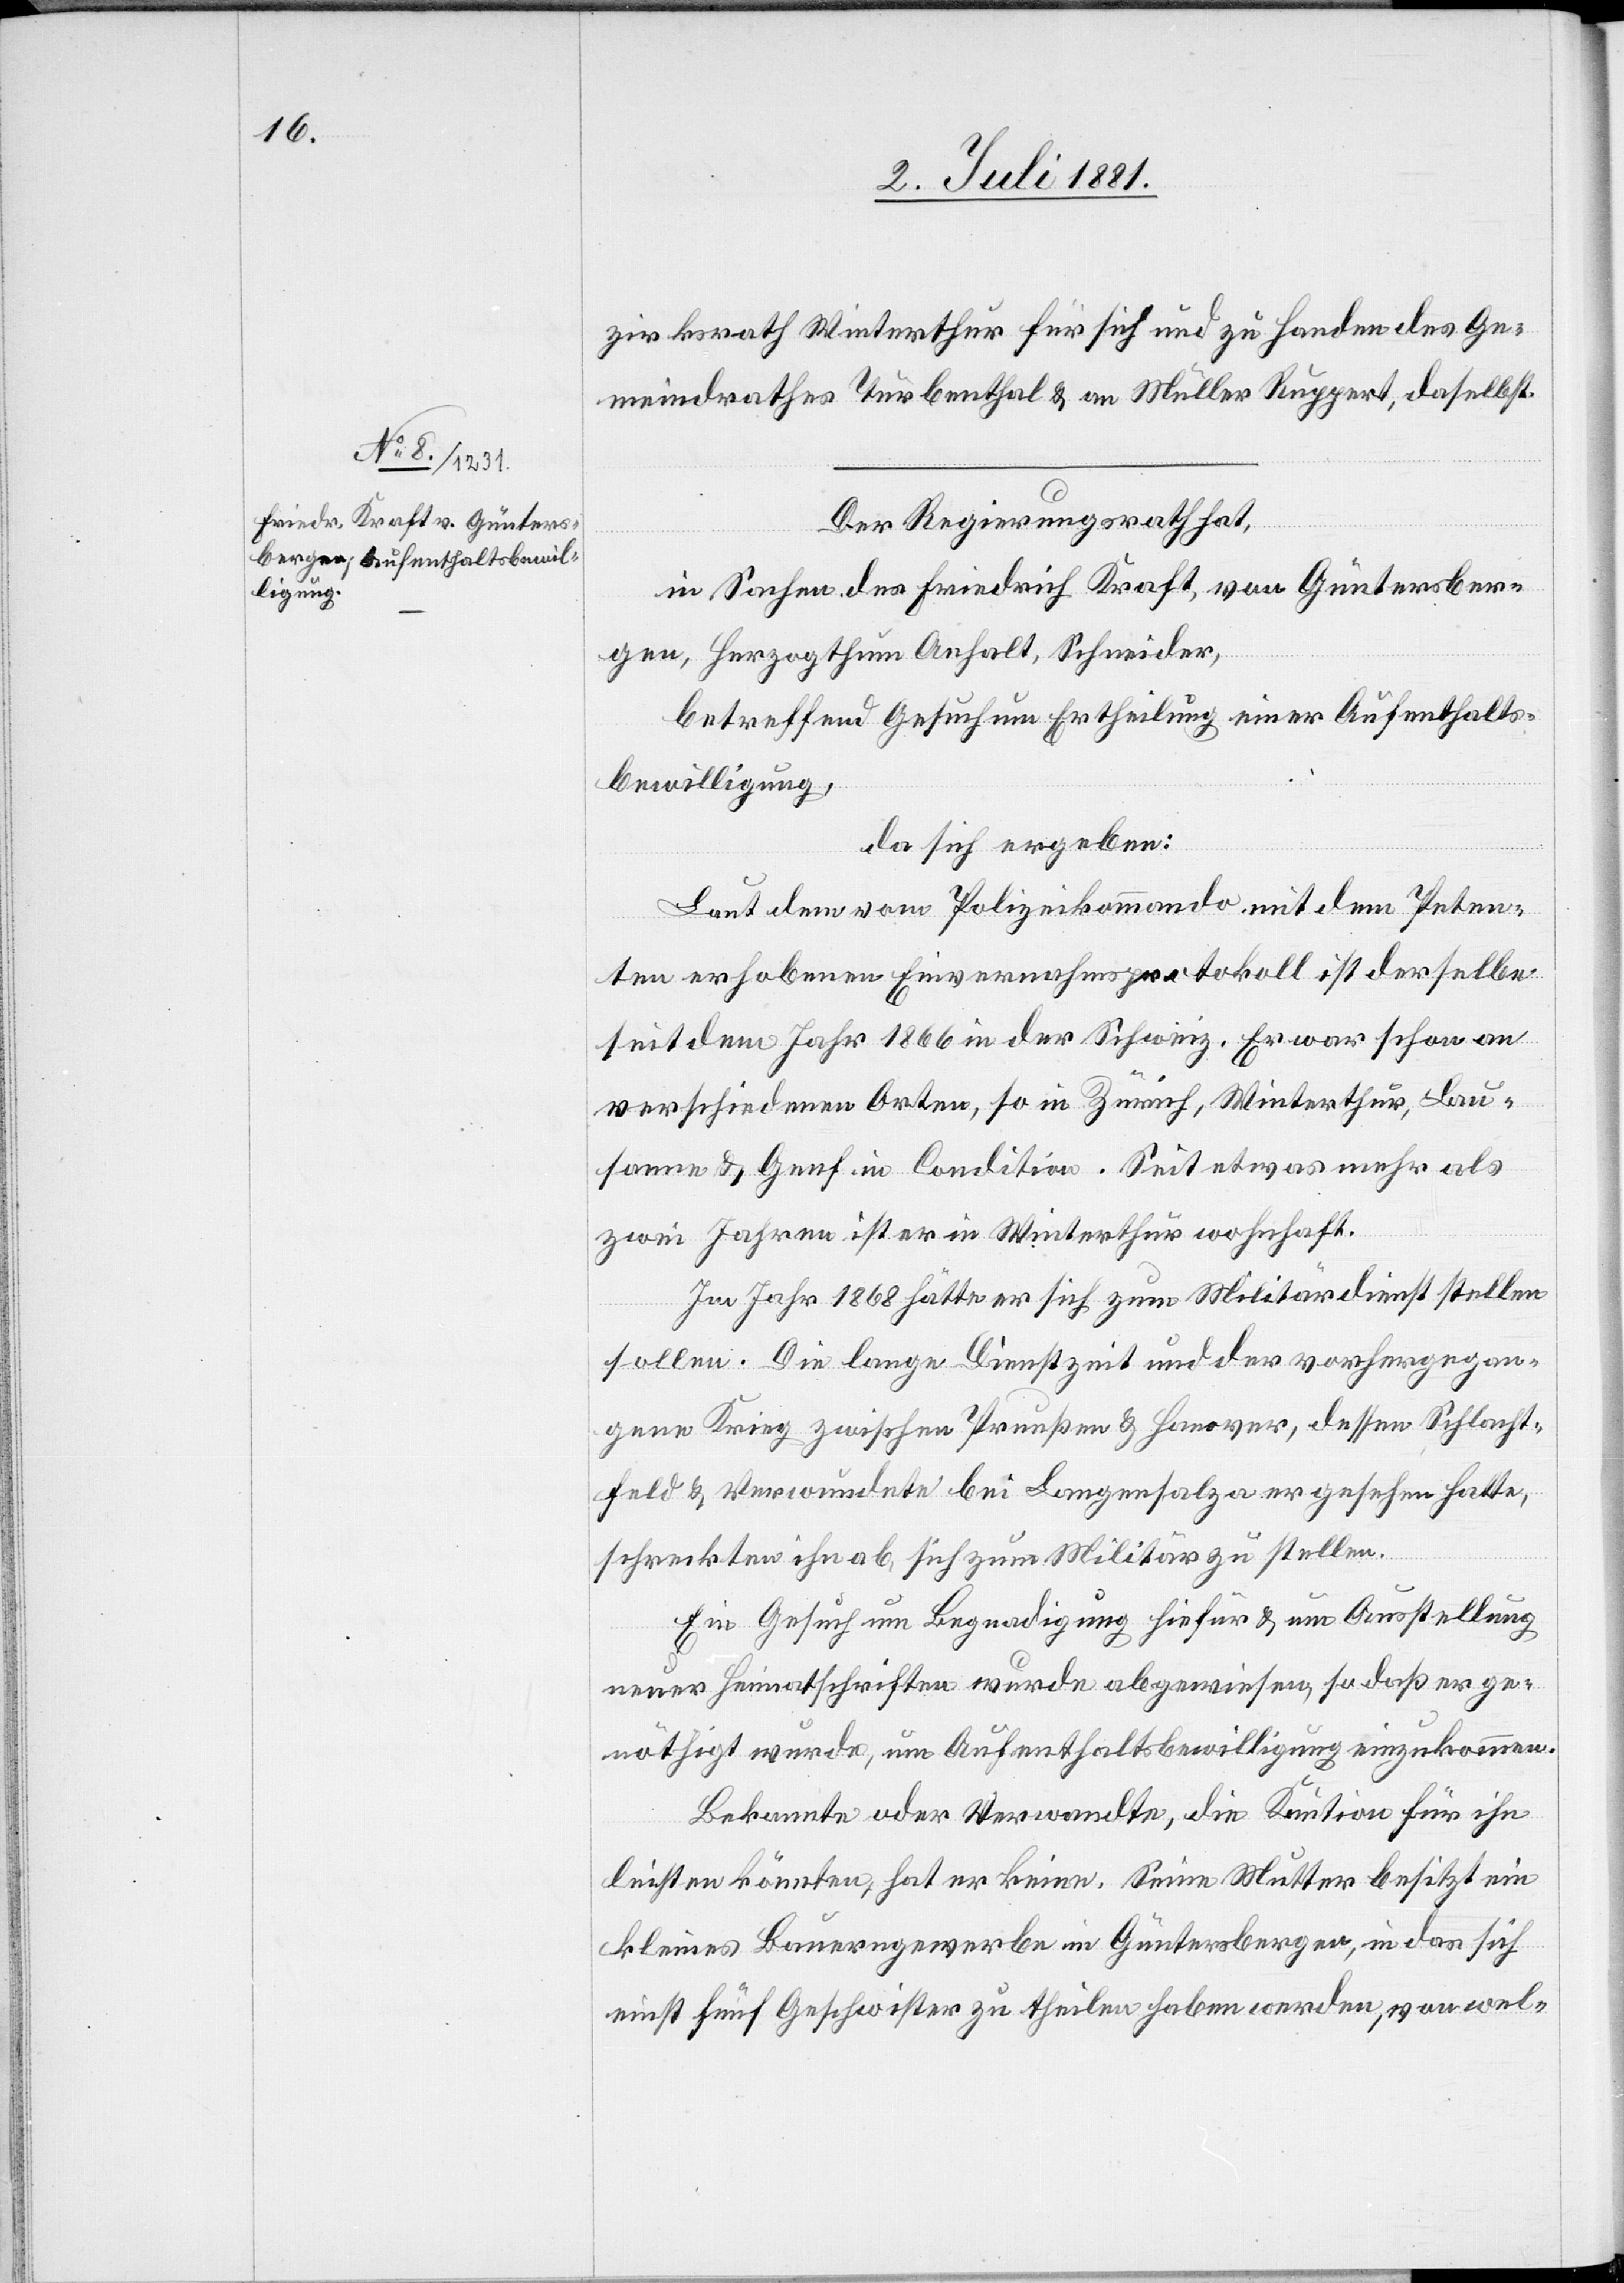
zirksrath Winterthur für sich und zu Handen des Ge¬
meindrathes Turbenthal & an Müller Ruppert, daselbst.
Der Regierungsrath hat,
in Sachen des Friedrich Kraft, von Güntersber¬
gen, Herzogthum Anhalt, Schneider,
betreffend Gesuch Ertheilung einer Aufenthalts¬
bewilligung,
da sich ergeben:
Laut dem vom Polizeikommando mit dem Peten¬
ten erhobenen Einvernahmsprotokoll ist derselbe
seit dem Jahr 1866 in der Schweiz. Er war schon an
verschiedenen Orten, so in Zürich, Winterthur, Lau¬
sanne & Genf in Condition. Seit etwas mehr als
zwei Jahren ist er in Winterthur wohnhaft.
Im Jahr 1868 hätte er sich zum Militärdienst stellen
sollen. Die lange Dienstzeit und der vorhergegan¬
gene Krieg zwischen Preußen & Hanover, dessen Schlacht¬
feld & Verwundete bei Langensalza er gesehen hatte,
schreckten ihn ab, sich zum Militär zu stellen.
Ein Gesuch um Begnadigung hiefür & um Ausstellung
neuer Heimatschriften wurde abgewiesen, so daß er ge¬
nöthigt wurde, um Aufenthaltsbewilligung einzukommen.
Bekannte oder Verwandte, die Kaution für ihn
leisten könnten, hat er keine. Seine Mutter besitzt ein
kleines Bauerngewerbe in Günterbergen, in das sich
einst, fünf Geschwister zu theilen haben werden, von wel-